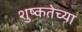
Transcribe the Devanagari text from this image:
शुष्कतेच्या